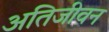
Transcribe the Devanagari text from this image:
अतिजीवन